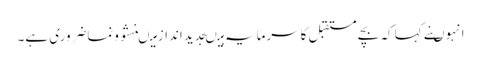
انہوںنے کہا کہ بچے مستقبل کاسرمایہ ہیںجدیداندازمیںنشوونماضروری ہے۔